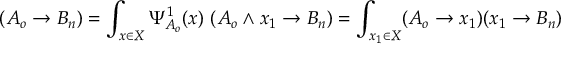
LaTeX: ( A _ { o } \rightarrow B _ { n } ) = \int _ { x \in X } \Psi _ { A _ { o } } ^ { 1 } ( x ) \ ( A _ { o } \wedge x _ { 1 } \rightarrow B _ { n } ) = \int _ { x _ { 1 } \in X } ( A _ { o } \rightarrow x _ { 1 } ) ( x _ { 1 } \rightarrow B _ { n } )